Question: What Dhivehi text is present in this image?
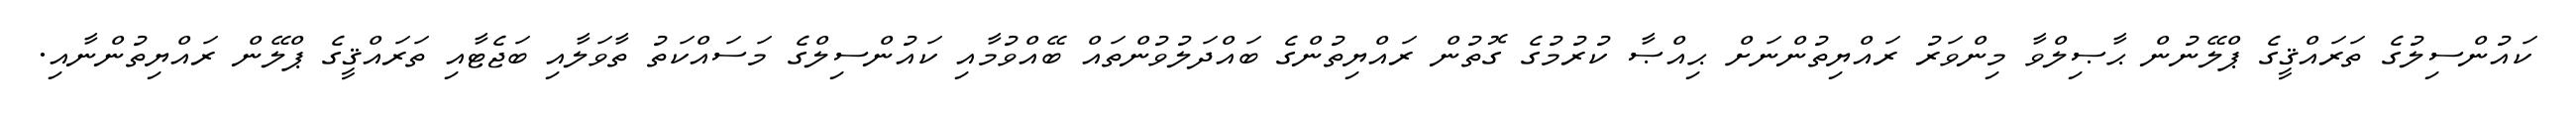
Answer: ކައުންސިލުގެ ތަރައްޤީގެ ޕްލޭނުން ޙާޞިލްވާ މިންވަރު ރައްޔިތުންނަށް ޙިއްޞާ ކުރުމުގެ ގޮތުން ރައްޔިތުންގެ ބައްދަލުވުންތައް ބޭއްވުމާއި ކައުންސިލްގެ މަސައްކަތު ތާވަލާއި ބަޖެޓާއި ތަރައްޤީގެ ޕްލޭން ރައްޔިތުންނާއި.